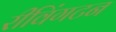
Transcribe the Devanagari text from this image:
रीविंगटन